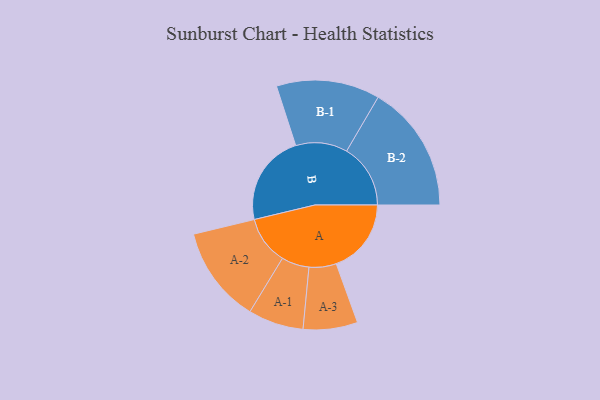
{"axis": {"x": "Segment", "y": "Value"}, "legend": ["", "A", "B"], "data": [{"x": "A", "y": 309, "type": ""}, {"x": "B", "y": 377, "type": ""}, {"x": "A-1", "y": 114, "type": "A"}, {"x": "A-2", "y": 199, "type": "A"}, {"x": "A-3", "y": 112, "type": "A"}, {"x": "B-1", "y": 213, "type": "B"}, {"x": "B-2", "y": 263, "type": "B"}]}